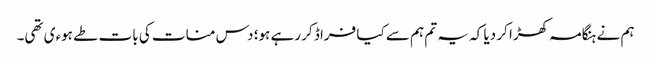
ہم نے ہنگامہ کھڑا کر دیا کہ یہ تم ہم سے کیا فراڈ کر رہے ہو؛ دس منات کی بات طے ہوءی تھی۔